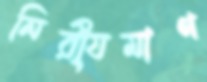
নিরী্যমাণ